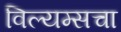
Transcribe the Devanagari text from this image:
विल्यम्सचा